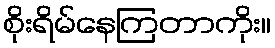
စိုးရိမ်နေကြတာကိုး။